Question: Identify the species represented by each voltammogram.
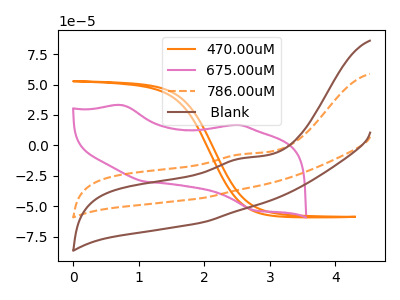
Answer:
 <answer>The orange curve is labeled "470.00uM". The pink curve is labeled "675.00uM". The orange dashed curve is labeled "786.00uM". The brown curve is labeled " Blank".</answer>
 <eval></eval>